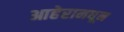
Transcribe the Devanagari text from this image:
आहेरामधून